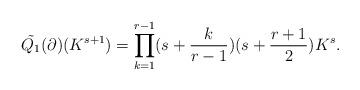
LaTeX: \begin{align*} \tilde{Q_1} ( \partial ) ( {K}^{s+1})= \prod_{k=1}^{r-1} (s+ \frac{k}{r-1} ) (s+ \frac{r+1}{2} ) {K}^s.\end{align*}